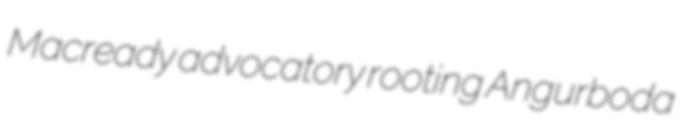
Macready advocatory rooting Angurboda